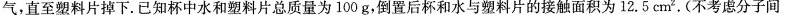
气，直至塑料片掉下。已知杯中水和塑料片总质量为100g，倒置后杯和水与塑料片的接触面积为12.5cm^{2}。(不考虑分子间